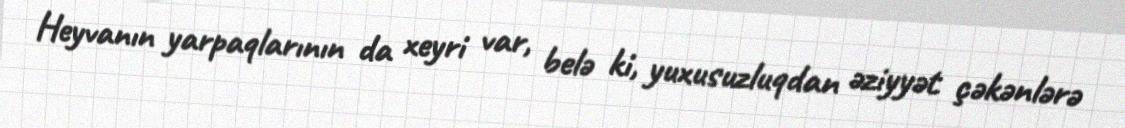
Heyvanın yarpaqlarının da xeyri var, belə ki, yuxusuzluqdan əziyyət çəkənlərə